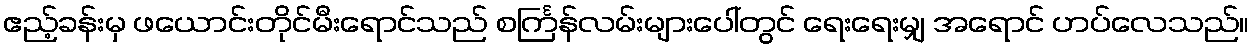
ဧည့်ခန်းမှ ဖယောင်းတိုင်မီးရောင်သည် စင်္ကြန်လမ်းများပေါ်တွင် ရေးရေးမျှ အရောင် ဟပ်လေသည်။